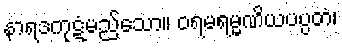
နာရဒကုဋံမည်သော။ ဝရမရမ္မဏိယပပ္ပတံ၊